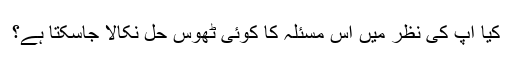
کیا آپ کی نظر میں اس مسئلہ کا کوئی ٹھوس حل نکالا جاسکتا ہے؟